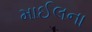
માઈલના